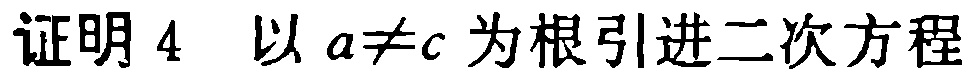
证明 4  以 \(a\neq c\) 为根引进二次方程